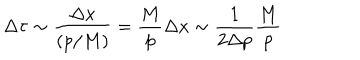
\Delta \tau \sim \frac { \Delta x } { ( p / M ) } = \frac { M } { p } \Delta x \sim \frac { 1 } { 2 \Delta p } \frac { M } { p }